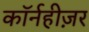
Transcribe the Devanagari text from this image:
कॉर्नहीज़र